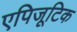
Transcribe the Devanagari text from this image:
एपिजूटिक